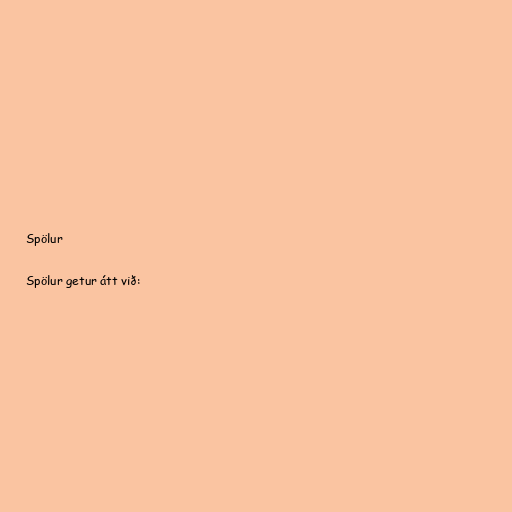
Spölur

Spölur getur átt við: